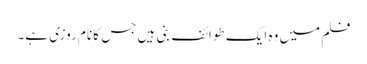
فلم میں وہ ایک طوائف بنی ہیں جس کا نام روزی ہے۔